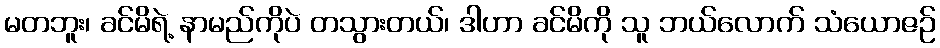
မတဘူး၊ ခင်မိရဲ့ နာမည်ကိုပဲ တသွားတယ်၊ ဒါဟာ ခင်မိကို သူ ဘယ်လောက် သံယောဇဉ်